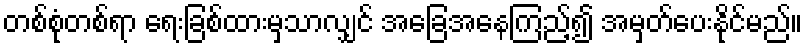
တစ်စုံတစ်ရာ ရေးခြစ်ထားမှသာလျှင် အခြေအနေကြည့်၍ အမှတ်ပေးနိုင်မည်။